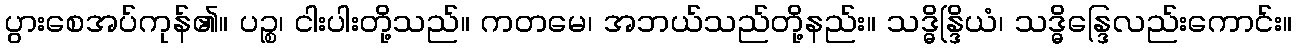
ပွားစေအပ်ကုန်၏။ ပဉ္စ၊ ငါးပါးတို့သည်။ ကတမေ၊ အဘယ်သည်တို့နည်း။ သဒ္ဓိန္ဒြိယံ၊ သဒ္ဓိန္ဒြေလည်းကောင်း။